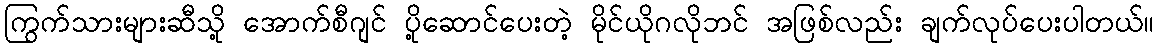
ကြွက်သားများဆီသို့ အောက်စီဂျင် ပို့ဆောင်ပေးတဲ့ မိုင်ယိုဂလိုဘင် အဖြစ်လည်း ချက်လုပ်ပေးပါတယ်။